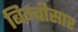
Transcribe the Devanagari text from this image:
बिम्बीसार